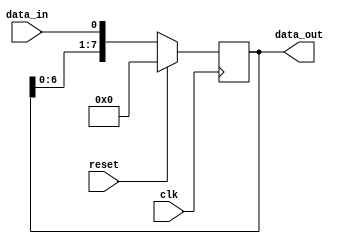
module SIPO_shift_register(
    input clk,
    input data_in,
    input reset,
    output reg [7:0] data_out
);

reg [7:0] register;

always @(posedge clk) begin
    if (reset) begin
        register <= 8'b00000000;
    end else begin
        register <= {register[6:0], data_in};
    end
end

assign data_out = register;

endmodule